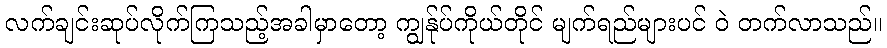
လက်ချင်းဆုပ်လိုက်ကြသည့်အခါမှာတော့ ကျွန်ုပ်ကိုယ်တိုင် မျက်ရည်များပင် ဝဲ တက်လာသည်။